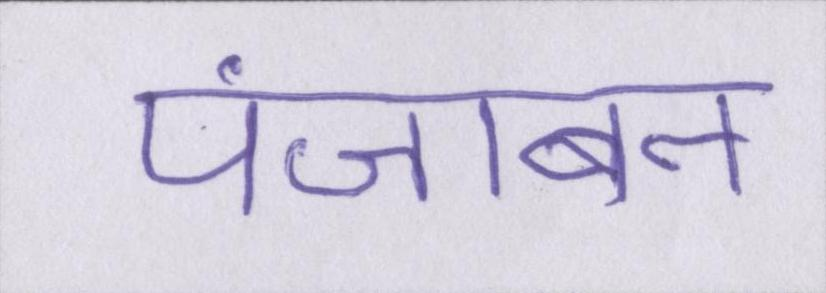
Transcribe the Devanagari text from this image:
पंजाबन